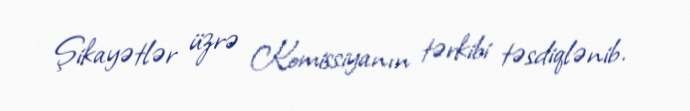
Şikayətlər üzrə Komissiyanın tərkibi təsdiqlənib.